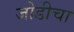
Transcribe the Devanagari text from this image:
जोडीचा